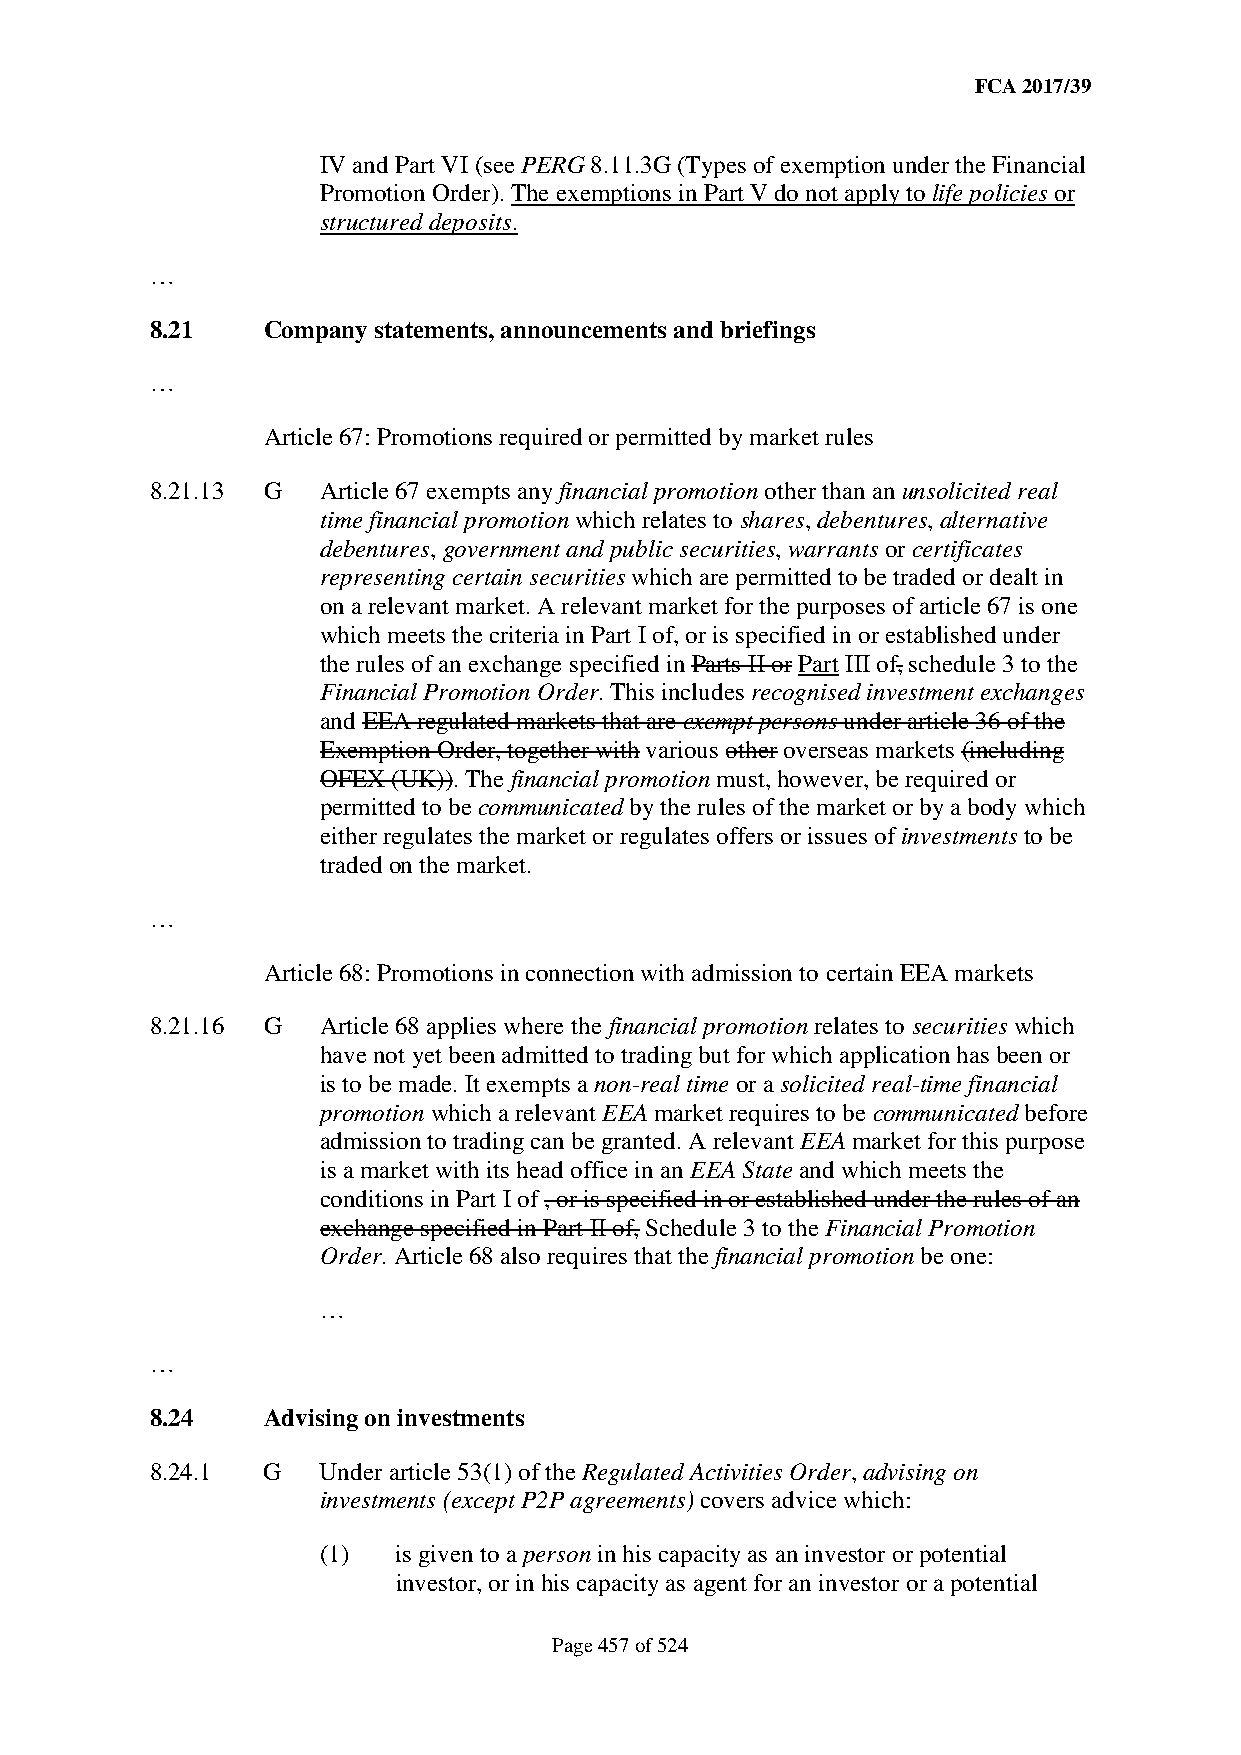
FCA 2017/39
 IV and Part VI (see PERG 8.11.3G (Types of exemption under the Financial
 Promotion Order). The exemptions in Part V do not apply to life policies or
 structured deposits.
 …
 8.21   Company statements, announcements and briefings
 …
 Article 67: Promotions required or permitted by market rules
 8.21.13 G  Article 67 exempts any financial promotion other than an unsolicited real
 time financial promotion which relates to shares, debentures, alternative
 debentures, government and public securities, warrants or certificates
 representing certain securities which are permitted to be traded or dealt in
 on a relevant market. A relevant market for the purposes of article 67 is one
 which meets the criteria in Part I of, or is specified in or established under
 the rules of an exchange specified in Parts II or Part III of, schedule 3 to the
 Financial Promotion Order. This includes recognised investment exchanges
 and EEA regulated markets that are exempt persons under article 36 of the
 Exemption Order, together with various other overseas markets (including
 OFEX (UK)). The financial promotion must, however, be required or
 permitted to be communicated by the rules of the market or by a body which
 either regulates the market or regulates offers or issues of investments to be
 traded on the market.
 …
 Article 68: Promotions in connection with admission to certain EEA markets
 8.21.16 G  Article 68 applies where the financial promotion relates to securities which
 have not yet been admitted to trading but for which application has been or
 is to be made. It exempts a non-real time or a solicited real-time financial
 promotion which a relevant EEA market requires to be communicated before
 admission to trading can be granted. A relevant EEA market for this purpose
 is a market with its head office in an EEA State and which meets the
 conditions in Part I of , or is specified in or established under the rules of an
 exchange specified in Part II of, Schedule 3 to the Financial Promotion
 Order. Article 68 also requires that the financial promotion be one:
 …
 …
 8.24   Advising on investments
 8.24.1 G   Under article 53(1) of the Regulated Activities Order, advising on
 investments (except P2P agreements) covers advice which:
 (1)  is given to a person in his capacity as an investor or potential
 investor, or in his capacity as agent for an investor or a potential
 Page 457 of 524